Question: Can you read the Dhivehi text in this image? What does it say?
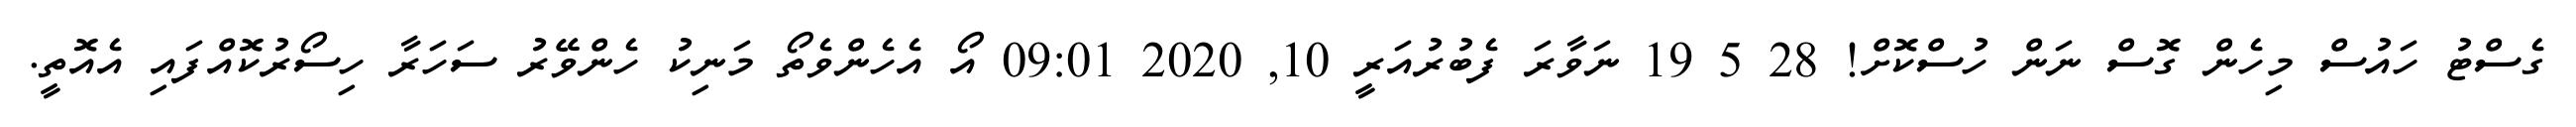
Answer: ގެސްޓު ހައުސް މިހެން ގޮސް ނަން ހުސްކޮށް! 28 5 19 ނަވާރަ ފެބުރުއަރީ 10, 2020 09:01 އޯ އެހެންވެތޯ މަނިކު ހެންވޭރު ސަހަރާ ހިސޯރުކޮއްފައި އެއޮތީ.